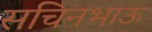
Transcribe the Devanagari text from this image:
सचिनभाऊ